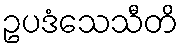
ဥပဒံသေသီတိ